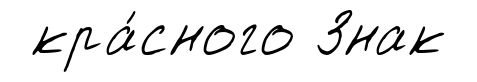
кра́сного Знак